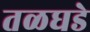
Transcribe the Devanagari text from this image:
तळघडे